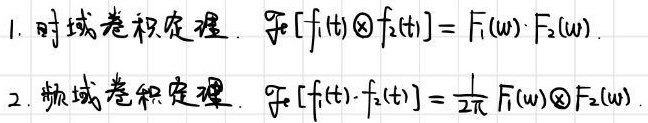
1. 时域卷积定理：$\mathcal{F}[f_1(t)\otimes f_2(t)] = F_1(\omega)\cdot F_2(\omega)$.
2. 频域卷积定理：$\mathcal{F}[f_1(t)\cdot f_2(t)] = \frac{1}{2\pi}F_1(\omega)\otimes F_2(\omega)$.